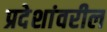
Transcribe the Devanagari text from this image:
प्रदेशांवरील